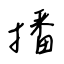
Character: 播